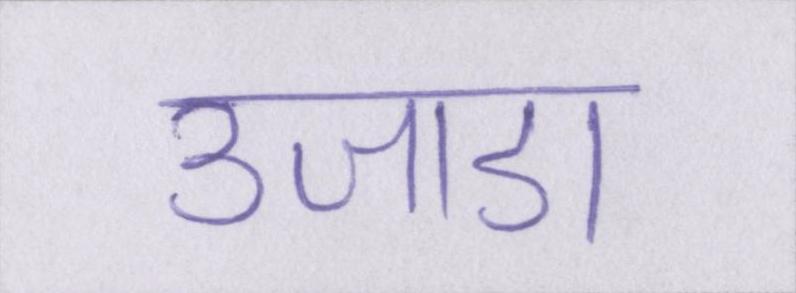
उजाडा